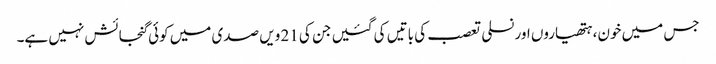
جس میں خون، ہتھیاروں اور نسلی تعصب کی باتیں کی گئیں جن کی 21 ویں صدی میں کوئی گنجائش نہیں ہے۔